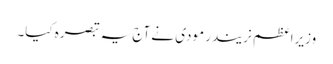
وزیراعظم نریندر مودی نے آج یہ تبصرہ کیا۔